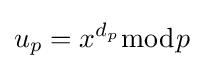
u_{p}=x^{d_{p}}{\bmod {p}}